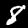
Digit: 8